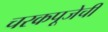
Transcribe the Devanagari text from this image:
चरकपूजेची